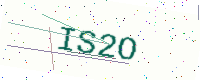
Text: IS2O